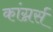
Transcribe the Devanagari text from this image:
कांग्नर्स